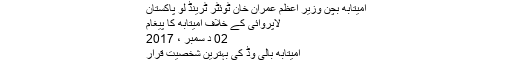
امیتابھ بچن وزیر اعظم عمران خان ٹوئٹر ٹرینڈ لو پاکستان
لاپروائی کے خلاف امیتابھ کا پیغام
02 د سمبر ، 2017
امیتابھ بالی وڈ کی بہترین شخصیت قرار